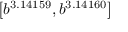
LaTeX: \left[ b ^ { 3 . 1 4 1 5 9 } , b ^ { 3 . 1 4 1 6 0 } \right]